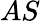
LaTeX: AS